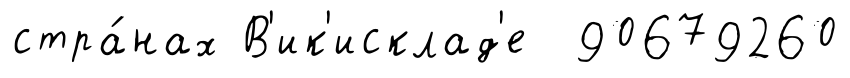
стра́нах В'ик'исклад'е 90679260